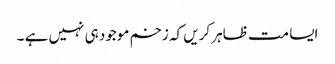
ایسا مت ظاہر کریں کہ زخم موجود ہی نہیں ہے ۔